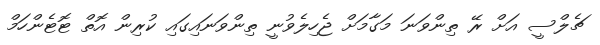
ޗެލްސީ އަށް ރޭ ތިންވަނަ މަގާމަށް ޖެހިލެވުނީ ތިންވަނައިގައި ކުރިން އޮތް ޓޮޓެންހަމް